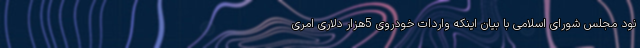
نود مجلس شورای اسلامی با بیان اینکه واردات خودروی 5هزار دلاری امری